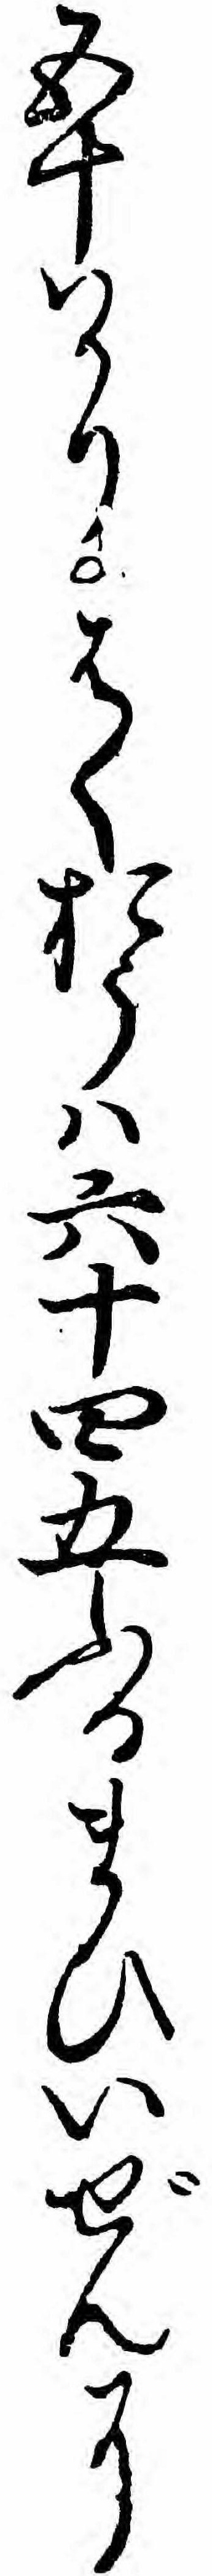
五十ハかりはくおうハ六十四五ふるまひいぜんに